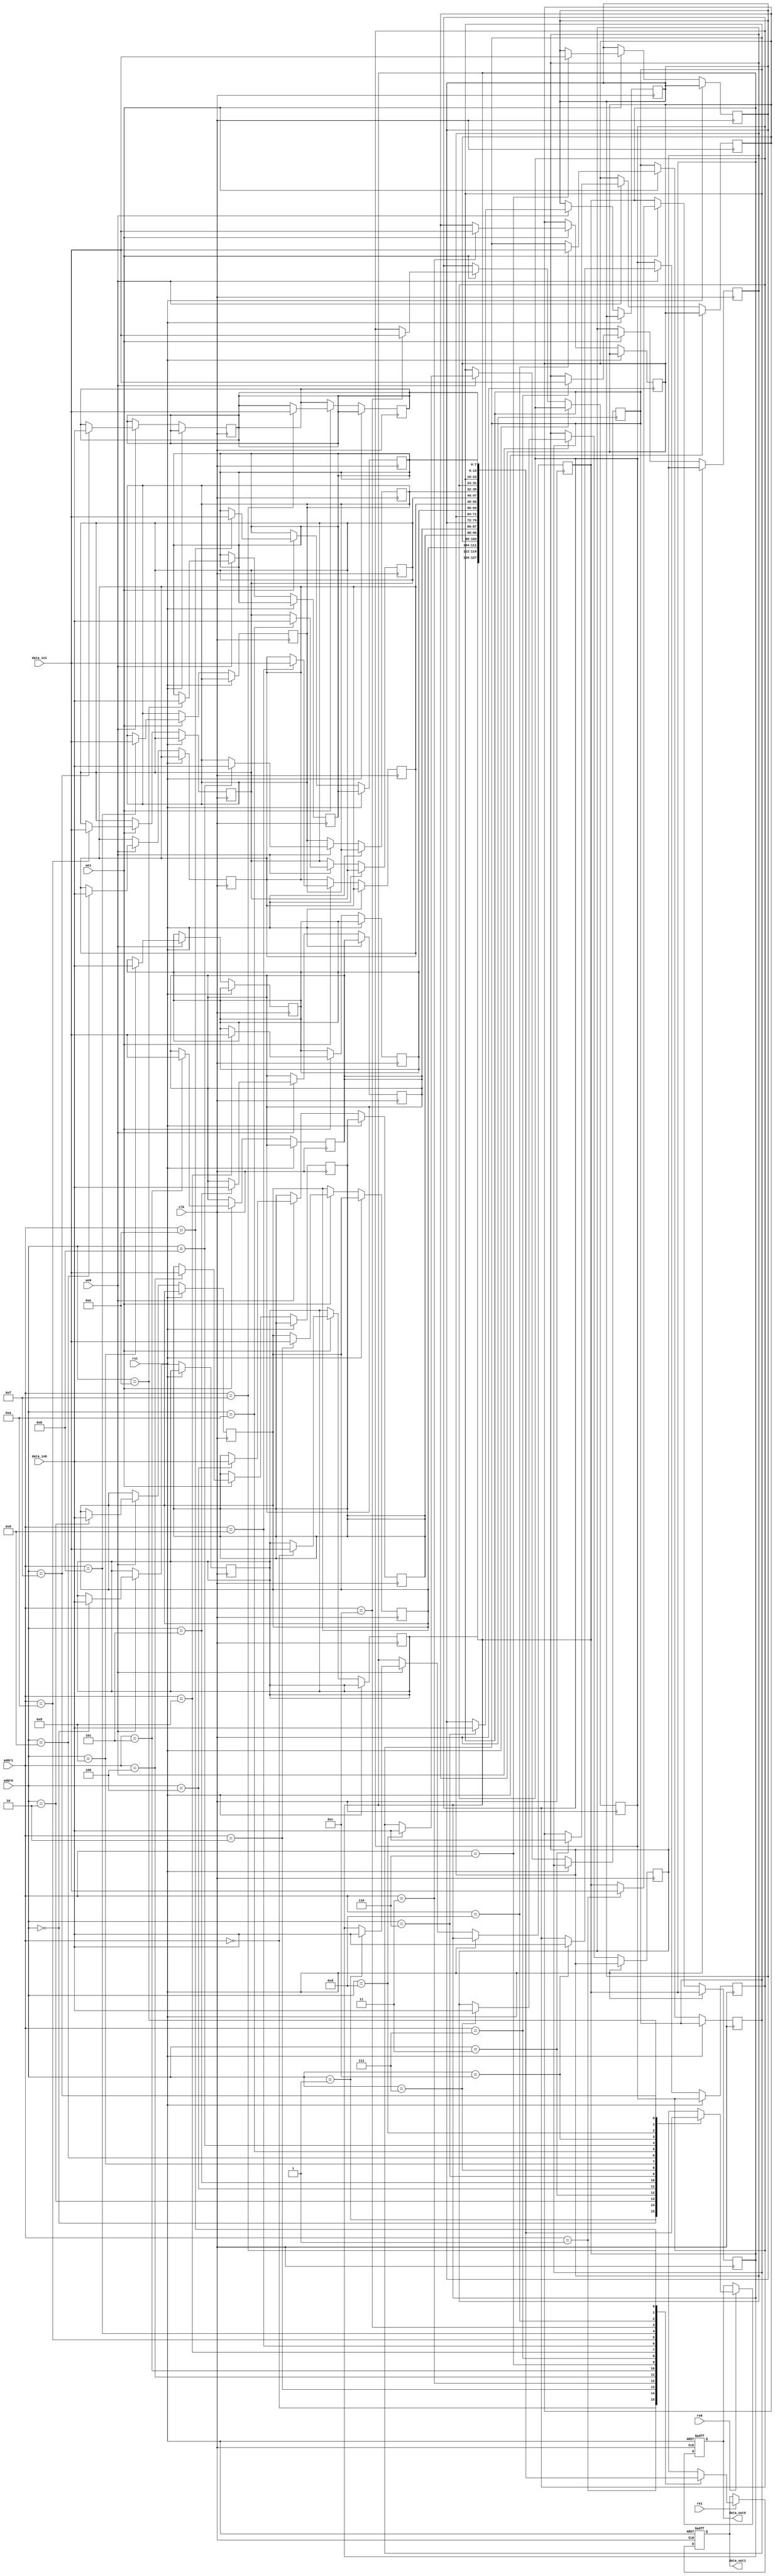
module MPSRAM #(
    parameter DATA_WIDTH = 8,  // Width of the data bus
    parameter ADDR_WIDTH = 4,   // Width of the address bus
    parameter DEPTH = (1 << ADDR_WIDTH) // Depth of the memory
)(
    input  wire                  clk,         // Clock signal
    input  wire                  rst,         // Reset signal
    input  wire [ADDR_WIDTH-1:0] addr0,      // Address for Port 0
    input  wire [DATA_WIDTH-1:0] data_in0,   // Data input for Port 0
    input  wire                  we0,         // Write enable for Port 0
    input  wire                  re0,         // Read enable for Port 0
    output reg [DATA_WIDTH-1:0] data_out0,   // Data output for Port 0

    input  wire [ADDR_WIDTH-1:0] addr1,      // Address for Port 1
    input  wire [DATA_WIDTH-1:0] data_in1,   // Data input for Port 1
    input  wire                  we1,         // Write enable for Port 1
    input  wire                  re1,         // Read enable for Port 1
    output reg [DATA_WIDTH-1:0] data_out1    // Data output for Port 1
);

    // Memory array declaration
    reg [DATA_WIDTH-1:0] mem [0:DEPTH-1];

    // Port 0 Read/Write Logic
    always @(posedge clk or posedge rst) begin
        if (rst) begin
            data_out0 <= 0; // Reset output
        end else begin
            if (we0) begin
                mem[addr0] <= data_in0; // Write operation
            end
            if (re0) begin
                data_out0 <= mem[addr0]; // Read operation
            end
        end
    end

    // Port 1 Read/Write Logic
    always @(posedge clk or posedge rst) begin
        if (rst) begin
            data_out1 <= 0; // Reset output
        end else begin
            if (we1) begin
                mem[addr1] <= data_in1; // Write operation
            end
            if (re1) begin
                data_out1 <= mem[addr1]; // Read operation
            end
        end
    end

endmodule